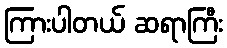
ကြားပါတယ် ဆရာကြီး